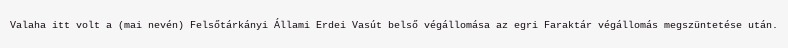
Valaha itt volt a (mai nevén) Felsőtárkányi Állami Erdei Vasút belső végállomása az egri Faraktár végállomás megszüntetése után.